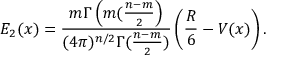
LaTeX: E _ { 2 } ( x ) = \frac { m \Gamma \left( m ( \frac { n - m } { 2 } \right) } { ( 4 \pi ) ^ { n / 2 } \Gamma ( \frac { n - m } { 2 } ) } \left( \frac { R } { 6 } - V ( x ) \right) .